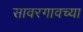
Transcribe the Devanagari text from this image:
सावरगावच्या